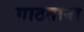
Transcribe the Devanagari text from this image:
गाठताना